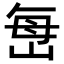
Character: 𫵾